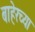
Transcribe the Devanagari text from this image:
बाहेरच्‍या